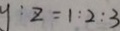
y : z = 1 : 2 : 3